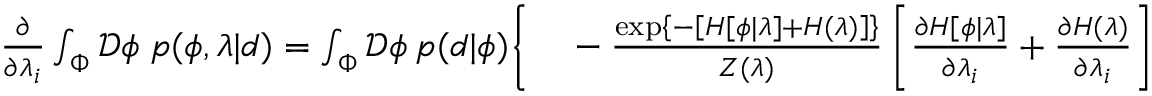
\begin{array} { r l } { \frac { \partial } { \partial \lambda _ { i } } \int _ { \Phi } \mathcal { D } \phi \; p ( \phi , \lambda | d ) = \int _ { \Phi } \mathcal { D } \phi \: p ( d | \phi ) \Bigg \{ } & { { } - \frac { \exp \left\{ - \left[ H [ \phi | \lambda ] + H ( \lambda ) \right] \right\} } { Z ( \lambda ) } \left[ \frac { \partial H [ \phi | \lambda ] } { \partial \lambda _ { i } } + \frac { \partial H ( \lambda ) } { \partial \lambda _ { i } } \right] } \end{array}